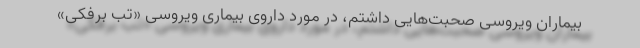
بیماران ویروسی صحبت‌هایی داشتم، در مورد داروی بیماری ویروسی «تب برفکی»